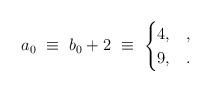
LaTeX: \begin{align*} a_0\ \equiv\ b_0+2\ \equiv\ \begin{cases} 4,& , \\ 9, &. \end{cases}\end{align*}